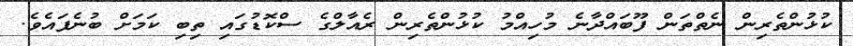
ކުޅުންތެރިން ނެތްތަން ފޫބައްދާނެ މުހިއްމު ކުޅުންތެރިން ރެއާލްގެ ސްކޮޑުގައި ތިބި ކަމަށް ބުނެފައެވެ.